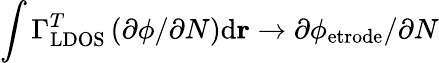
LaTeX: \int\Gamma_{\mathrm{LDOS}}^{T}\left(\partial\phi/\partial N\right)\mathrm{d}\mathbf{r}\rightarrow\partial\phi_{\mathrm{etrode}}/\partial N